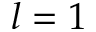
l = 1